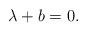
LaTeX: \begin{align*}\lambda+b=0.\end{align*}